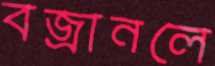
বজ্রানলে